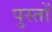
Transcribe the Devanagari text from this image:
पुस्तों